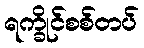
ရက္ခိုင်စစ်တပ်